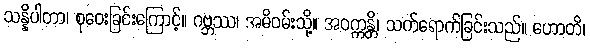
သန္နိပါတာ၊ စုဝေးခြင်းကြောင့်။ ဂဗ္ဘဿ၊ အမိဝမ်းသို့။ အဝက္ကန္တိ၊ သက်ရောက်ခြင်းသည်။ ဟောတိ၊